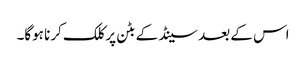
اس کے بعد سینڈ کے بٹن پر کلک کرنا ہوگا۔